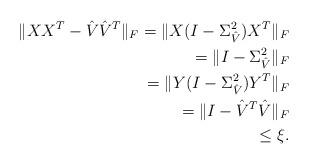
LaTeX: \begin{align*} \|XX^{T} - \hat{V} \hat{V}^{T} \|_F = \|X(I - \Sigma_{\hat{V}}^{2}) X^{T}\|_F \\ = \|I - \Sigma_{\hat{V}}^{2}\|_F \\ = \|Y(I - \Sigma_{\hat{V}}^{2})Y^{T}\|_F \\ = \|I - \hat{V}^{T} \hat{V} \|_F \\ \leq \xi.\end{align*}